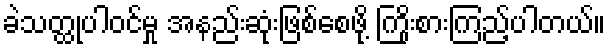
ခဲသတ္ထုပါဝင်မှု အနည်းဆုံးဖြစ်စေဖို့ ကြိုးစားကြည့်ပါတယ်။